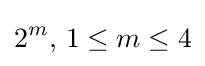
2^{m},\,1\leq m\leq 4